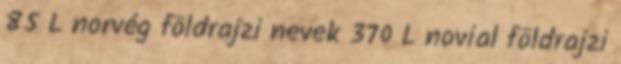
85 L norvég földrajzi nevek‎ 370 L novial földrajzi